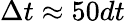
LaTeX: \Delta t\approx 50dt